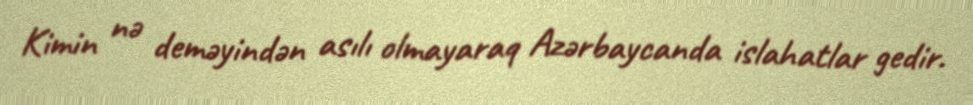
Kimin nə deməyindən asılı olmayaraq Azərbaycanda islahatlar gedir.